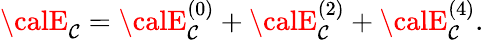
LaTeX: {\calE}_{\mathcal{C}}={\calE}_{\mathcal{C}}^{(0)}+{\calE}_{\mathcal{C}}^{(2)}+{\calE}_{\mathcal{C}}^{(4)}.